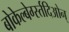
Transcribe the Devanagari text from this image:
बोकेल्बेर्ग्स्तदिओन्